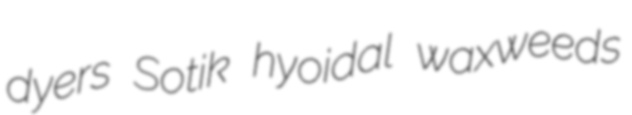
dyers Sotik hyoidal waxweeds